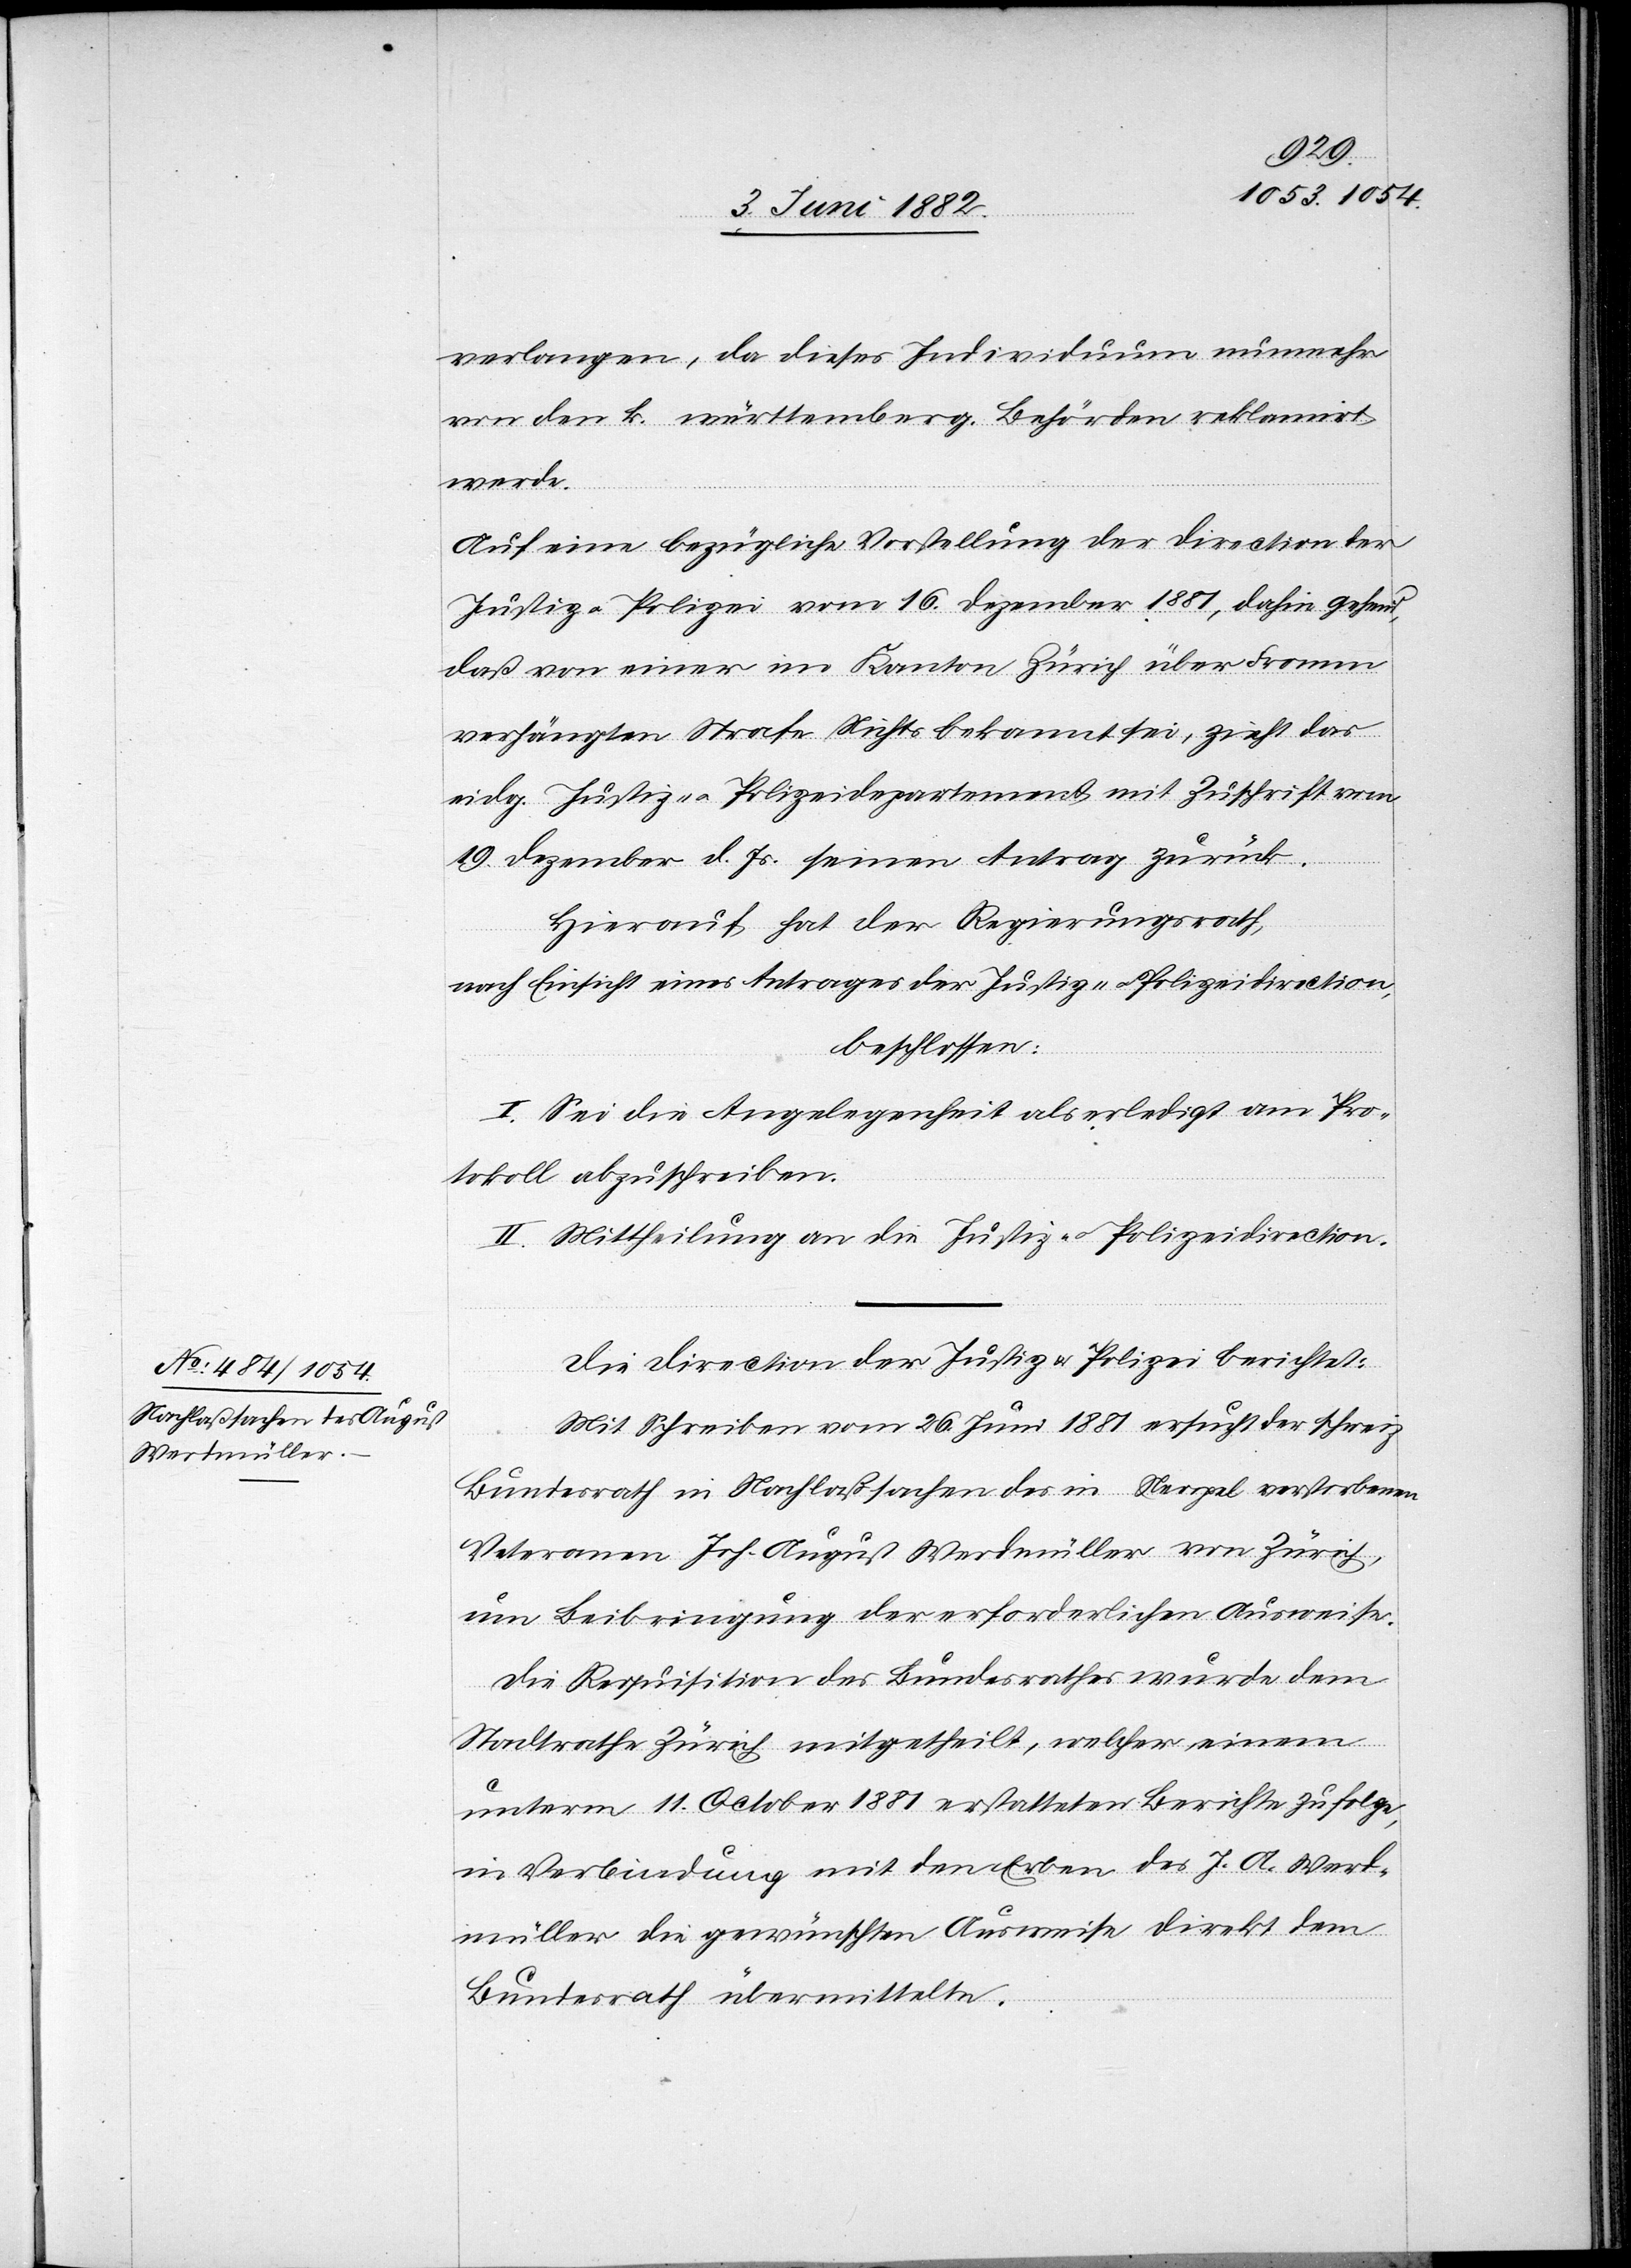
verlangen, da dieses Individuum nunmehr
von den k. württemberg. Behörden reklamirt
werde.
Auf eine bezügliche Vorstellung der Direction der
Justiz u. Polizei vom 16. Dezember 1881, dahin gehend,
daß von einer im Kanton Zürich über Fromm
verhängten Strafe Nichts bekannt sei, zieht das
eidg. Justiz- u. Polizeidepartement mit Zuschrift vom
19. Dezember d. Js. seinen Antrag zurück.
Hierauf hat der Regierungsrath,
nach Einsicht eines Antrages der Justiz- u. Polizeidirection,
beschlossen:
I. Sei die Angelegenheit als erledigt am Pro¬
tokoll abzuschreiben.
II. Mittheilung an die Justiz- u. Polizeidirection.
Die Direction der Justiz & Polizei berichtet:
Mit Schreiben vom 26. Juni 1881 ersucht der schweiz.
Bundesrath in Nachlaßsachen des in Neapel verstorbenen
Veteranen Joh. August Werdmüller von Zürich,
um Beibringung der erforderlichen Ausweise.
Die Requisition des Bundesrathes wurde dem
Stadtrathe Zürich mitgetheilt, welcher einem
unterm 11. October 1881 erstatteten Berichte zufolge,
in Verbindung mit den Erben des J. A. Werd¬
müller die gewünschten Ausweise direkt dem
Bundesrath übermittelte.